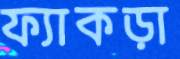
ফ্যাকড়া